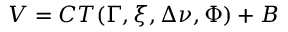
V = C T ( \Gamma , \xi , \Delta \nu , \Phi ) + B